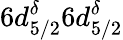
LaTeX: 6d_{5/2}^{\delta}6d_{5/2}^{\delta}